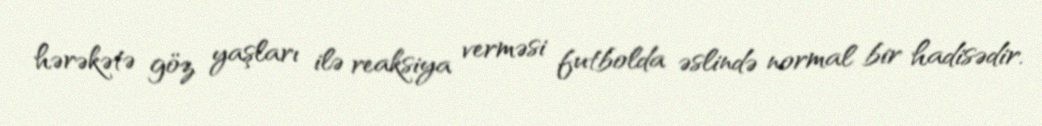
hərəkətə göz yaşları ilə reaksiya verməsi futbolda əslində normal bir hadisədir.